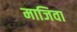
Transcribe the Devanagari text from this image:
माजिवा